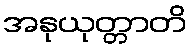
အနုယုတ္တာတိ